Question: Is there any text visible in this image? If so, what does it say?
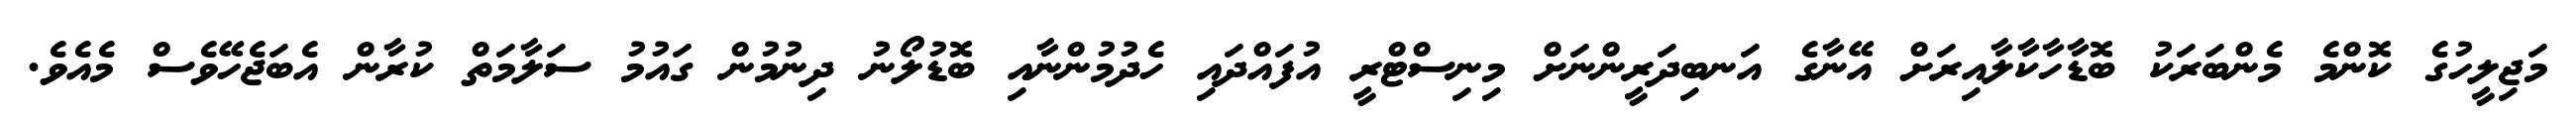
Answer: މަޖިލީހުގެ ކޮންމެ މެންބަރަކު ބޮޑާހާކާލާއިރަށް އޭނާގެ އަނބިދަރީންނަށް މިނިސްޓްރީ އުފައްދައި ހެދުމުންނާއި ބޮޑުލޯނު ދިނުމުން ގައުމު ސަލާމަތް ކުރާން އެބަޖެހޭވެސް މެއެވެ.